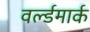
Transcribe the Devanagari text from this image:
वर्ल्डमार्क